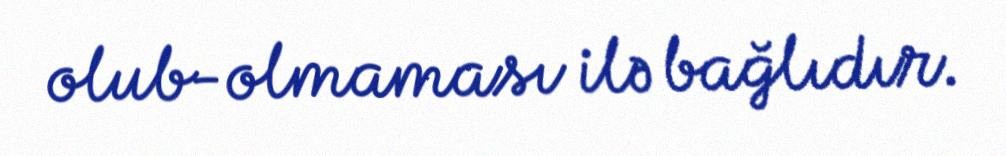
olub-olmaması ilə bağlıdır.